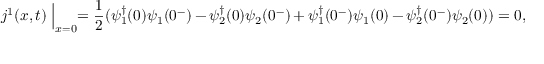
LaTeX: j ^ { 1 } ( x , t ) \Bigm | _ { x = 0 } = \frac { 1 } { 2 } ( \psi _ { 1 } ^ { \dagger } ( 0 ) \psi _ { 1 } ( 0 ^ { - } ) - \psi _ { 2 } ^ { \dagger } ( 0 ) \psi _ { 2 } ( 0 ^ { - } ) + \psi _ { 1 } ^ { \dagger } ( 0 ^ { - } ) \psi _ { 1 } ( 0 ) - \psi _ { 2 } ^ { \dagger } ( 0 ^ { - } ) \psi _ { 2 } ( 0 ) ) = 0 ,